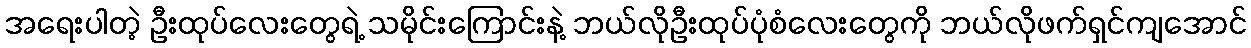
အရေးပါတဲ့ ဦးထုပ်လေးတွေရဲ့ သမိုင်းကြောင်းနဲ့ ဘယ်လိုဦးထုပ်ပုံစံလေးတွေကို ဘယ်လိုဖက်ရှင်ကျအောင်